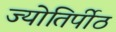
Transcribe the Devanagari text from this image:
ज्योतिर्पीठ